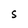
Character: S